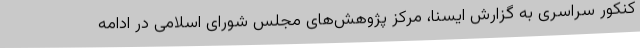
کنکور سراسری به گزارش ایسنا، مرکز پژوهش‌های مجلس شورای اسلامی در ادامه